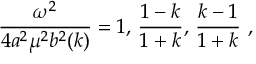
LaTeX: { \frac { \omega ^ { 2 } } { 4 a ^ { 2 } \mu ^ { 2 } b ^ { 2 } ( k ) } } = 1 , \, { \frac { 1 - k } { 1 + k } } , \, { \frac { k - 1 } { 1 + k } } ~ ,